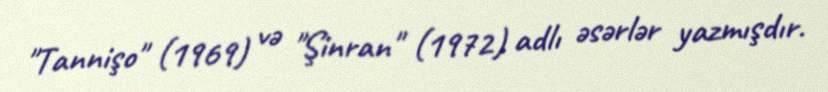
"Tannişo" (1969) və "Şinran" (1972) adlı əsərlər yazmışdır.